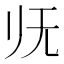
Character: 𰕰